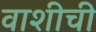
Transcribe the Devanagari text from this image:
वाशीची